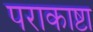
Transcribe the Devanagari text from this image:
पराकाष्टा